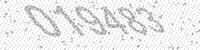
Solution: 019483